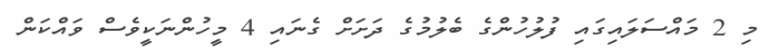
މި 2 މައްސަލައިގައި ފުލުހުންގެ ބެލުމުގެ ދަށަށް ގެނައި 4 މީހުންނަކީވެސް ވައްކަން